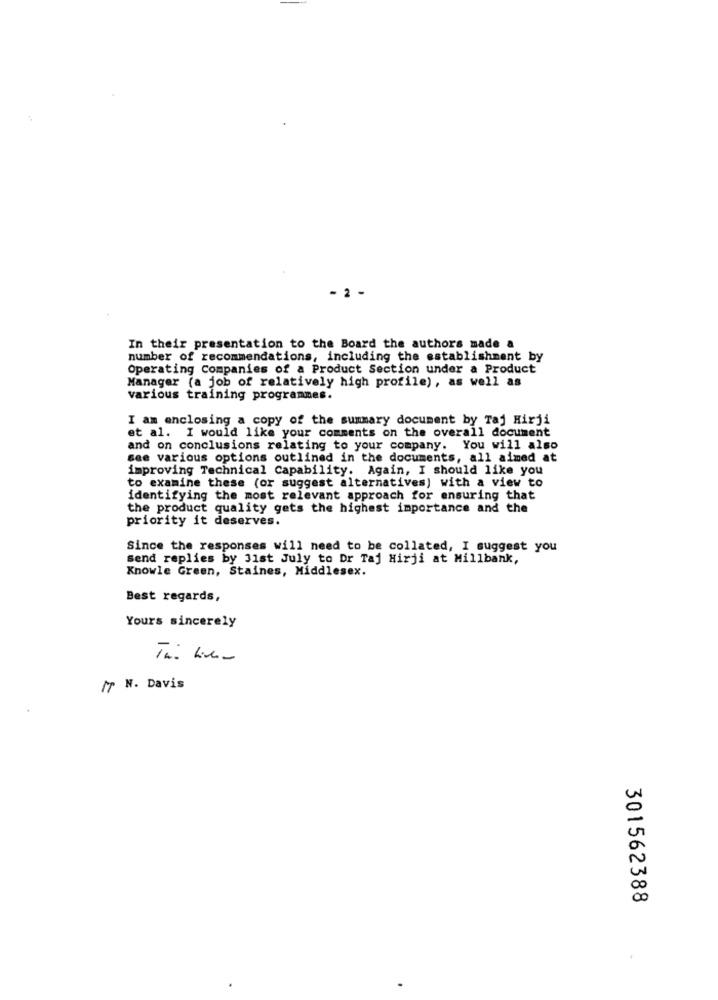
2
In their presentation to the Board the authors made a
number of recommendations, including the establishment by
Operating Companies of a Product Section under a Product
Manager (a job of relatively high profile), as well as
various training programmes.
I am enclosing a copy of the summary document by Taj Hirji
et al. I would like your comments on the overall document
and on conclusions relating to your company. You will also
see various options outlined in the documents, all aimed at
improving Technical Capability. Again, I should like you
to examine these (or suggest alternatives) with a view to
identifying the most relevant approach for ensuring that
the product quality gets the highest importance and the
priority it deserves.
Since the responses will need to be collated, I suggest you
Send replies by 31st July to Dr Taj Hirji at Millbank,
Knowle Green, Staines, Middlesex.
Best regards,
Yours sincerely
IT N. Davis
301562388